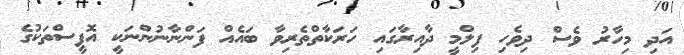
އަދި މިހާރު ވެސް ދިވެހި ފިލްމީ ދާއިރާގަައި ހަރަކާތްތެރިވާ ބައެއް ފަންނާނުންނަކީ އޮފީސްތަކުގެ